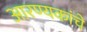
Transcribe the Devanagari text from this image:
आरण्यकांचे